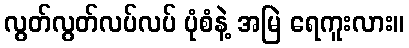
လွတ်လွတ်လပ်လပ် ပုံစံနဲ့ အမြဲ ရေကူးလား။